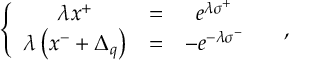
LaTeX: \left\{ \begin{array} { c c c } { { \lambda x ^ { + } } } & { { = } } & { { e ^ { \lambda \sigma ^ { + } } } } \\ { { \lambda \left( x ^ { - } + \Delta _ { q } \right) } } & { { = } } & { { - e ^ { - \lambda \sigma ^ { - } } } } \end{array} \ \ \ \ , \right.